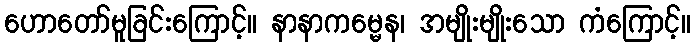
ဟောတော်မူခြင်းကြောင့်။ နာနာကမ္မေန၊ အမျိုးမျိုးသော ကံကြောင့်။